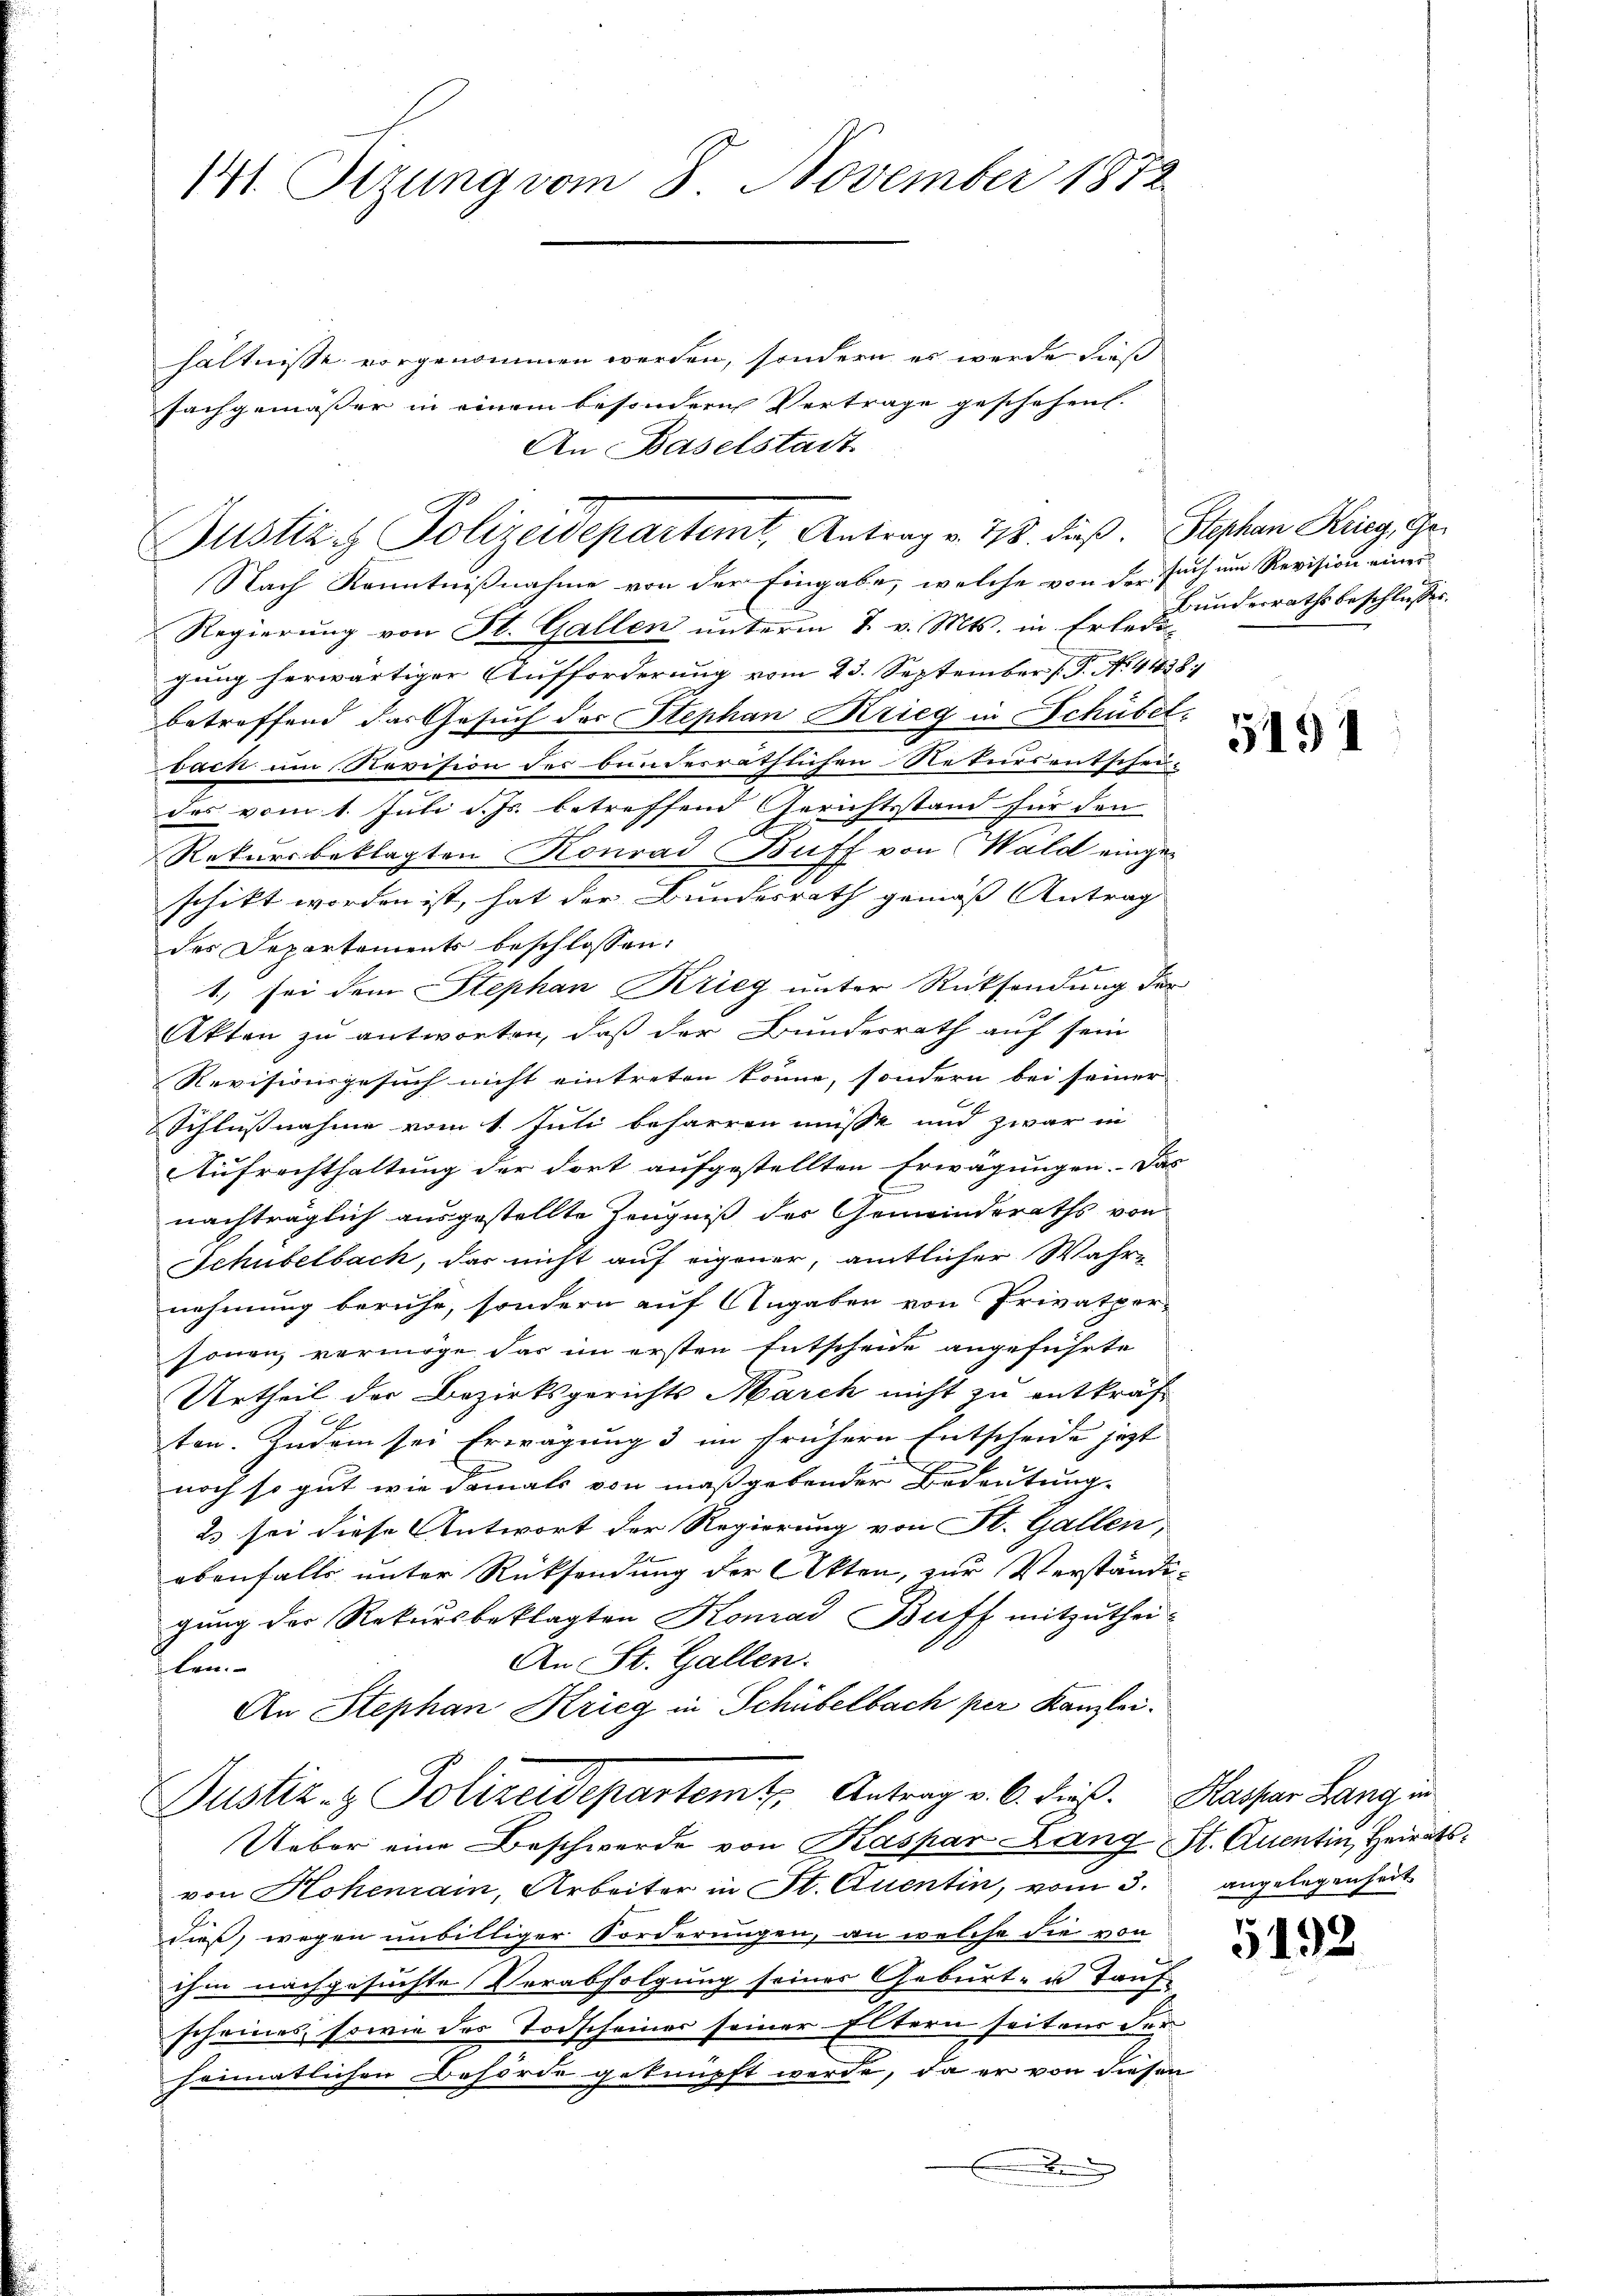
141 Sizung vom 8. November 1872

Justiz & Polizeidepartamt, Antrag v. 718. dieß. Stephan Krieg, Ge¬

hältnisse vorgenommen werden, sondern es werde dieß
Fachgemässer in einem besondere Vertrage geschehen.
An Baselstadt.

Nach Kenntnißnahme von der Eingabe, welche von der such um Revision einer
Regierung von St. Gallen unterm 7. v. Mts. in Erhebunderrathsbeschlusses.
gung herwärtiger Aufforderung vom 23. September P. N. 4438.
betreffend das Gesuch der Stephan Krieg in Schübel,
bach um Revision des beinderräthlichen Rekursentschei-
des vom 1. Juli d. Js. betreffend Gerichtsstand für den
Rekursbeklagten Konrad Buff von Wald eingeschikt worden ist, hat der Bundesrath gemäß Antrag
des Departements beschlossen:
1., sei dem Stephan Krieg unter Rücksendung der
Akten zu antworten, daß der Bundesrath auf sein
Revisionsgesuch nicht eintreten könne, sondern bei seiner |
Schlussnahme vom 1. Juli beharren müsst und zwar in
Aufrechthaltung der dort aufgestellten Erwägungen. Das
nachträglich ausgestellte Zeugniß der Gemeinderaths von
Schubelbach, das nicht auf eigener, amtlicher Wahr-
nehmung beruhe, sondern auf Angaben von Privatper-
sonen, vermöge das im ersten Entscheide angeführte
Urtheil der Bezirksgerichts March nicht zu entkräf
ten. Zudem sei Erwägung 3 im frühern Entscheide jezt
E
noch so gut wie damals von maßgebender Bedeutung
2 sei diese Antwort der Regierung von St. Gallen,
ebenfalls unter Rücksendung der Akten, zur Verständigung der Rekursbeklagten Komad Buff mitzuthei¬
An St. Gallen.
len.
An Stephan Krieg in Schübelbach per Kanzlei.
Justiz- & Polizeidepartemt. Antrag v. 6. dieß. Hasser Lang in
Ueber eine Beschwerde von Kaspar Lang, St. Quentin, Heiratsvon Hohenrain, Arbeiter in St. Quentin, vom 3.
dieß, wegen unbilliger Forderungen, an welche die von
ihm nachgesuchte Verabfolgung seines Geburt- u. Tauf
scheines, sowie des Todscheiner seiner Eltern seitens der
heimatlichen Behörde geknüpft werde, da er von diesen

.

5191

angelegenheit

5192